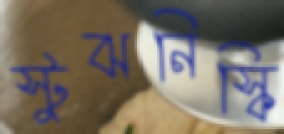
স্টুঝনিস্কি